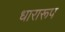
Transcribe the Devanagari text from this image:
धारारूप